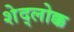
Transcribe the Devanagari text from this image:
शेद्लोक्क